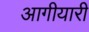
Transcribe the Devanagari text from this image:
आगीयारी